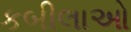
કબીલાઓ